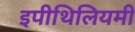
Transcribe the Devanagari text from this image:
इपीथिलियमी